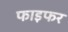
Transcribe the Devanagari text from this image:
फाइफर